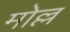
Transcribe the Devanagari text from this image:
मोल्ल